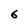
Character: 6